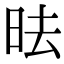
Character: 㫢